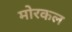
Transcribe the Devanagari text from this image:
मोरकल